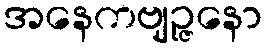
အနေကဗျဉ္ဇနော